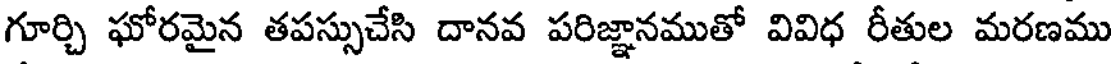
గూర్చి ఘోరమైన తపస్సుచేసి దానవ పరిజ్ఞానముతో వివిధ రీతుల మరణము